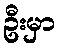
ဦးမှာ